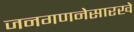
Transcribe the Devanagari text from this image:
जनगणनेसारखे